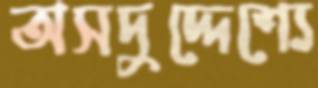
অসদুদ্দেশ্যে